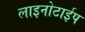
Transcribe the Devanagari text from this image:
लाइनोटाईप